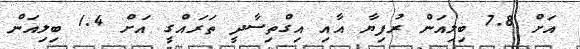
އަށް 7.8 ބިލިއަން ރުފިޔާ އާއި އިގްތިސާދީ ތަރައްގީ އަށް 1.4 ބިލިއަން